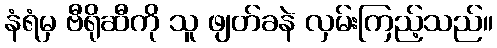
နံရံမှ ဗီရိုဆီကို သူ ဖျတ်ခနဲ လှမ်းကြည့်သည်။